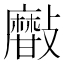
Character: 𣀫